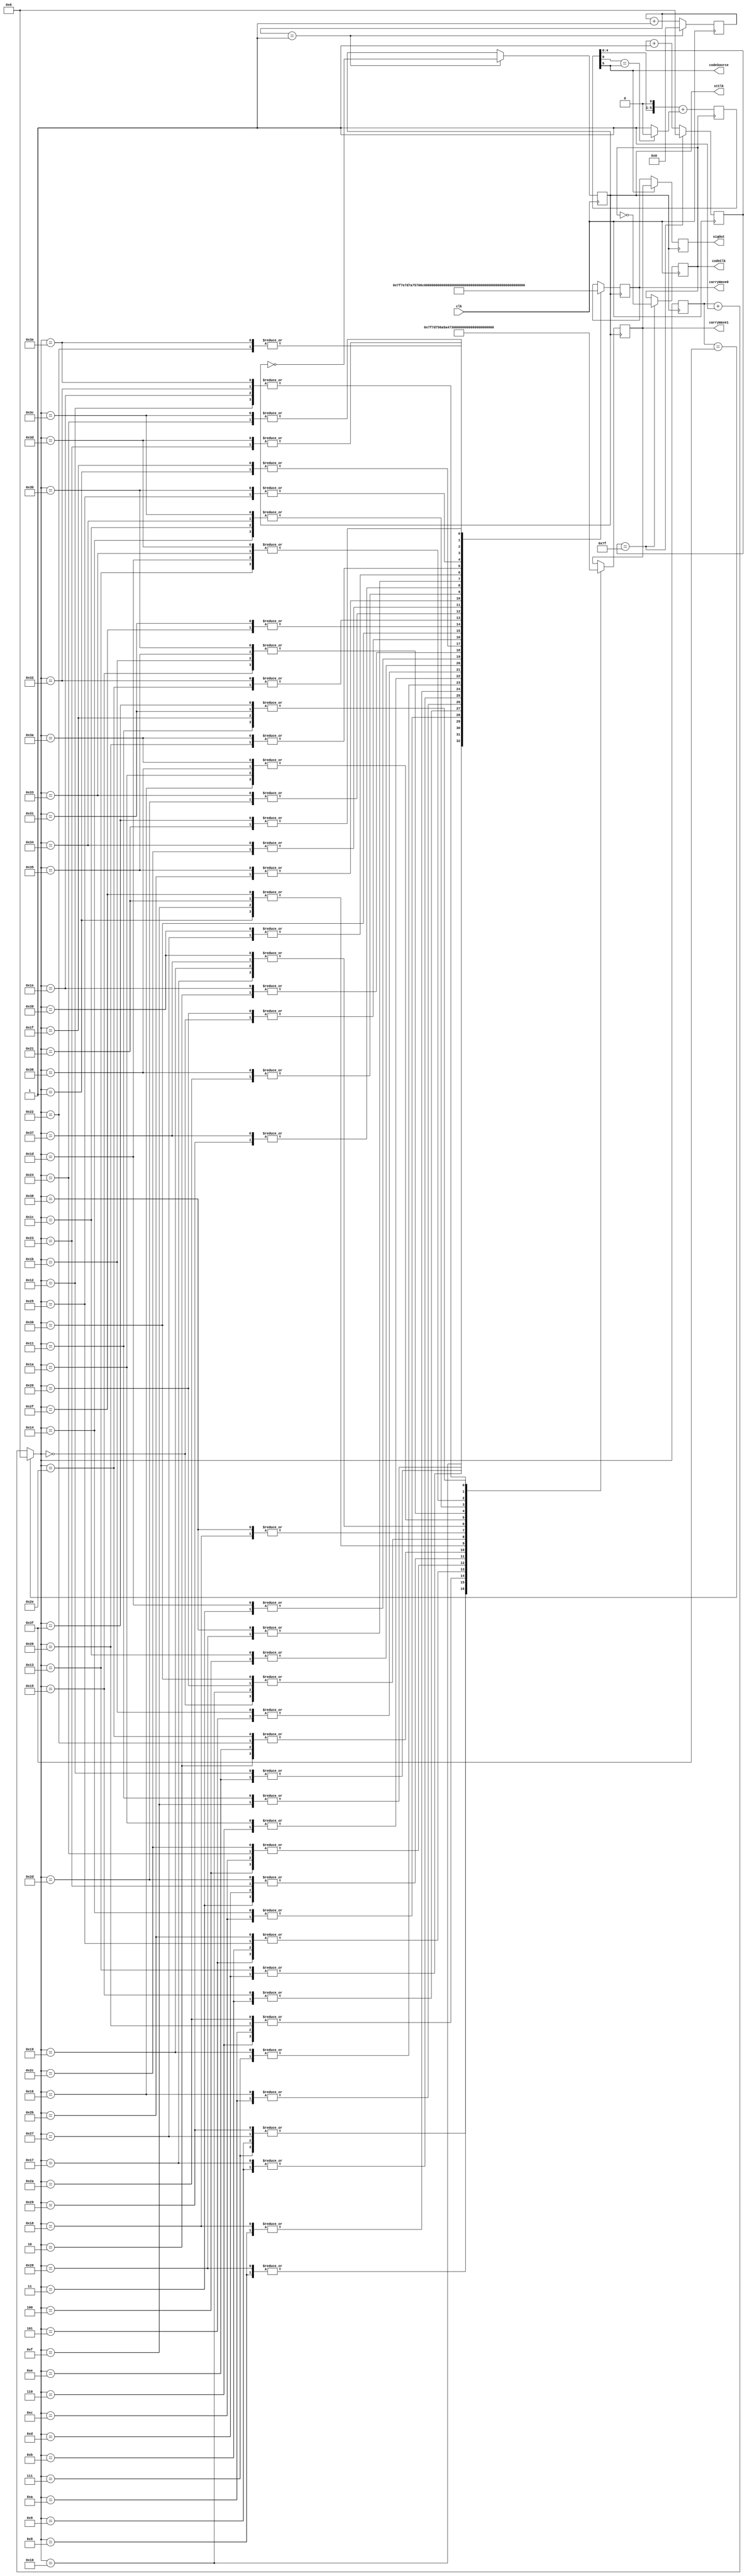
`timescale 1ns / 1ps
//////////////////////////////////////////////////////////////////////////////////
// Company: 
// Engineer: 
// 
// Design Name:  
// Module Name: fsk
// Project Name: 
// Target Devices: 
// Tool Versions: 
// Description: 
// 
// Dependencies: 
// 
// Revision:
// Revision 0.01 - File Created
// Additional Comments:
// 
//////////////////////////////////////////////////////////////////////////////////

module FSK(
	input clk,//
	output reg [7:0]sigOut,//
	output reg [7:0]carryWave1,//1
	output reg [7:0]carryWave0,//0
	output wire codeSource,//
	output reg codeClk=0,//
	output reg stClk=0//n
);
 
//
reg [7:0]codeClkCount=0;//
reg [3:0]carryClkCount=0;//
always @(posedge clk)
begin
	//codeClk
	if(codeClkCount==127)
	begin
		codeClk=~codeClk;
		codeClkCount=0;
	end
	else
	begin
		codeClkCount=codeClkCount+1;
	end
	
	//carryClk
	if(carryClkCount==1)
	begin
		stClk=~stClk;
		carryClkCount=0;
	end
	else
	begin
		carryClkCount=carryClkCount+1;
	end
end
 
//m
reg [5:0]outReg=6'b010101;//
reg mAdded;//m
assign codeSource=outReg[5];//
always @(negedge codeClk)
begin
	//
	if(outReg[0]==outReg[5])
	begin
		mAdded=0;
	end
	else
	begin
		mAdded=1;
	end
	outReg=outReg<<1;//
	outReg=outReg+mAdded;
end
 
//
reg [7:0]waveCount=0;//
always @(posedge stClk)
begin
	if(waveCount==63)
	begin
		waveCount=0;
	end
	else
	begin
		waveCount=waveCount+1;
	end
	
	//
	case(waveCount)
		0:begin carryWave0<=0;carryWave1<=0; end
		1:begin carryWave0<=12;carryWave1<=25; end
		2:begin carryWave0<=25;carryWave1<=49; end
		3:begin carryWave0<=37;carryWave1<=71; end
		4:begin carryWave0<=49;carryWave1<=90; end
		5:begin carryWave0<=60;carryWave1<=106; end
		6:begin carryWave0<=71;carryWave1<=117; end
		7:begin carryWave0<=81;carryWave1<=125; end
		8:begin carryWave0<=90;carryWave1<=127; end
		9:begin carryWave0<=98;carryWave1<=125; end
		10:begin carryWave0<=106;carryWave1<=117; end
		11:begin carryWave0<=112;carryWave1<=106; end
		12:begin carryWave0<=117;carryWave1<=90; end
		13:begin carryWave0<=122;carryWave1<=71; end
		14:begin carryWave0<=125;carryWave1<=49; end
		15:begin carryWave0<=126;carryWave1<=25; end
		16:begin carryWave0<=127;carryWave1<=0; end
		17:begin carryWave0<=126;carryWave1<=-25; end
		18:begin carryWave0<=125;carryWave1<=-49; end
		19:begin carryWave0<=122;carryWave1<=-71; end
		20:begin carryWave0<=117;carryWave1<=-90; end
		21:begin carryWave0<=112;carryWave1<=-106; end
		22:begin carryWave0<=106;carryWave1<=-117; end
		23:begin carryWave0<=98;carryWave1<=-125; end
		24:begin carryWave0<=90;carryWave1<=-127; end
		25:begin carryWave0<=81;carryWave1<=-125; end
		26:begin carryWave0<=71;carryWave1<=-117; end
		27:begin carryWave0<=60;carryWave1<=-106; end
		28:begin carryWave0<=49;carryWave1<=-90; end
		29:begin carryWave0<=37;carryWave1<=-71; end
		30:begin carryWave0<=25;carryWave1<=-49; end
		31:begin carryWave0<=12;carryWave1<=-25; end
		32:begin carryWave0<=0;carryWave1<=0; end
		33:begin carryWave0<=-12;carryWave1<=25; end
		34:begin carryWave0<=-25;carryWave1<=49; end
		35:begin carryWave0<=-37;carryWave1<=71; end
		36:begin carryWave0<=-49;carryWave1<=90; end
		37:begin carryWave0<=-60;carryWave1<=106; end
		38:begin carryWave0<=-71;carryWave1<=117; end
		39:begin carryWave0<=-81;carryWave1<=125; end
		40:begin carryWave0<=-90;carryWave1<=127; end
		41:begin carryWave0<=-98;carryWave1<=125; end
		42:begin carryWave0<=-106;carryWave1<=117; end
		43:begin carryWave0<=-112;carryWave1<=106; end
		44:begin carryWave0<=-117;carryWave1<=90; end
		45:begin carryWave0<=-122;carryWave1<=71; end
		46:begin carryWave0<=-125;carryWave1<=49; end
		47:begin carryWave0<=-126;carryWave1<=25; end
		48:begin carryWave0<=-127;carryWave1<=0; end
		49:begin carryWave0<=-126;carryWave1<=-25; end
		50:begin carryWave0<=-125;carryWave1<=-49; end
		51:begin carryWave0<=-122;carryWave1<=-71; end
		52:begin carryWave0<=-117;carryWave1<=-90; end
		53:begin carryWave0<=-112;carryWave1<=-106; end
		54:begin carryWave0<=-106;carryWave1<=-117; end
		55:begin carryWave0<=-98;carryWave1<=-125; end
		56:begin carryWave0<=-90;carryWave1<=-127; end
		57:begin carryWave0<=-81;carryWave1<=-125; end
		58:begin carryWave0<=-71;carryWave1<=-117; end
		59:begin carryWave0<=-60;carryWave1<=-106; end
		60:begin carryWave0<=-49;carryWave1<=-90; end
		61:begin carryWave0<=-37;carryWave1<=-71; end
		62:begin carryWave0<=-25;carryWave1<=-49; end
		63:begin carryWave0<=-12;carryWave1<=-25; end
	endcase
end
 
//
always @(posedge stClk)
begin
	if(codeSource)
	begin
		sigOut=carryWave1;
	end
	else
	begin
		sigOut=carryWave0;
	end
end
 
endmodule